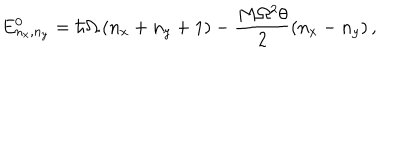
E _ { n _ { x } , n _ { y } } ^ { 0 } = \hbar \Omega \left( n _ { x } + n _ { y } + 1 \right) - \frac { M \Omega ^ { 2 } \theta } { 2 } \left( n _ { x } - n _ { y } \right) ,